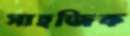
সাহজিক